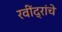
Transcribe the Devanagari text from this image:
रवींद्रांचे